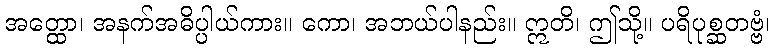
အတ္ထော၊ အနက်အဓိပ္ပါယ်ကား။ ကော၊ အဘယ်ပါနည်း။ ဣတိ၊ ဤသို့။ ပရိပုစ္ဆတဗ္ဗံ၊